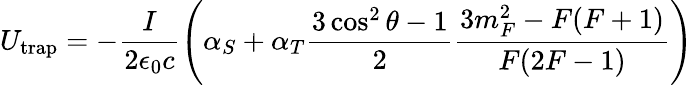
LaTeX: U_{\mathrm{trap}}=-\frac{I}{2\epsilon_{0}c}\left(\alpha_{S}+\alpha_{T}\frac{3\cos^{2}\theta-1}{2}\frac{3m_{F}^{2}-F(F+1)}{F(2F-1)}\right)